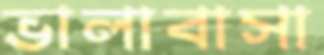
ভালাবাসা